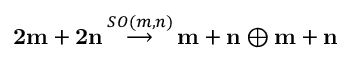
{ \bf { 2 m + 2 n } } \, { \stackrel { S O ( m , n ) } { \longrightarrow } } \, { \bf { m + n } } \oplus { \bf { m + n } }